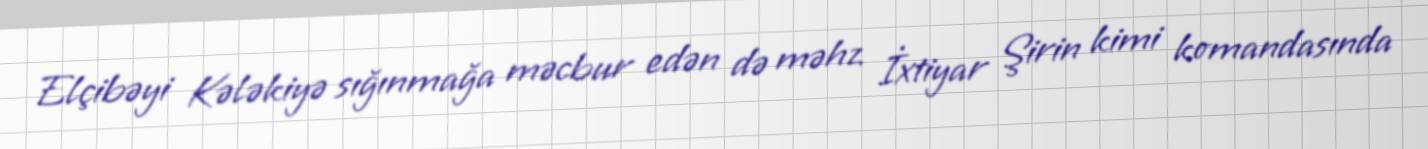
Elçibəyi Kələkiyə sığınmağa məcbur edən də məhz İxtiyar Şirin kimi komandasında